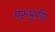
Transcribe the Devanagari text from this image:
मरुभूमीय